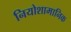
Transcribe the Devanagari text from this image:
नियोशामानिक